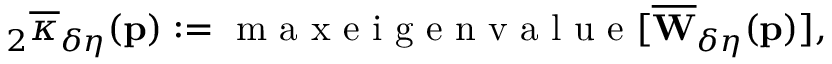
{ } _ { 2 } \overline { { \kappa } } _ { \delta \eta } ( \mathbf { p } ) : = \mathrm { ~ m ~ a ~ x ~ e ~ i ~ g ~ e ~ n ~ v ~ a ~ l ~ u ~ e ~ } [ \overline { { \mathbf { W } } } _ { \delta \eta } ( \mathbf { p } ) ] ,